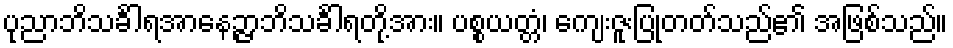
ပုညာဘိသင်္ခါရအာနေဉ္ဇာဘိသင်္ခါရတို့အား။ ပစ္စယတ္တံ၊ ကျေးဇူးပြုတတ်သည်၏ အဖြစ်သည်။